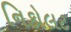
નિકોલટ